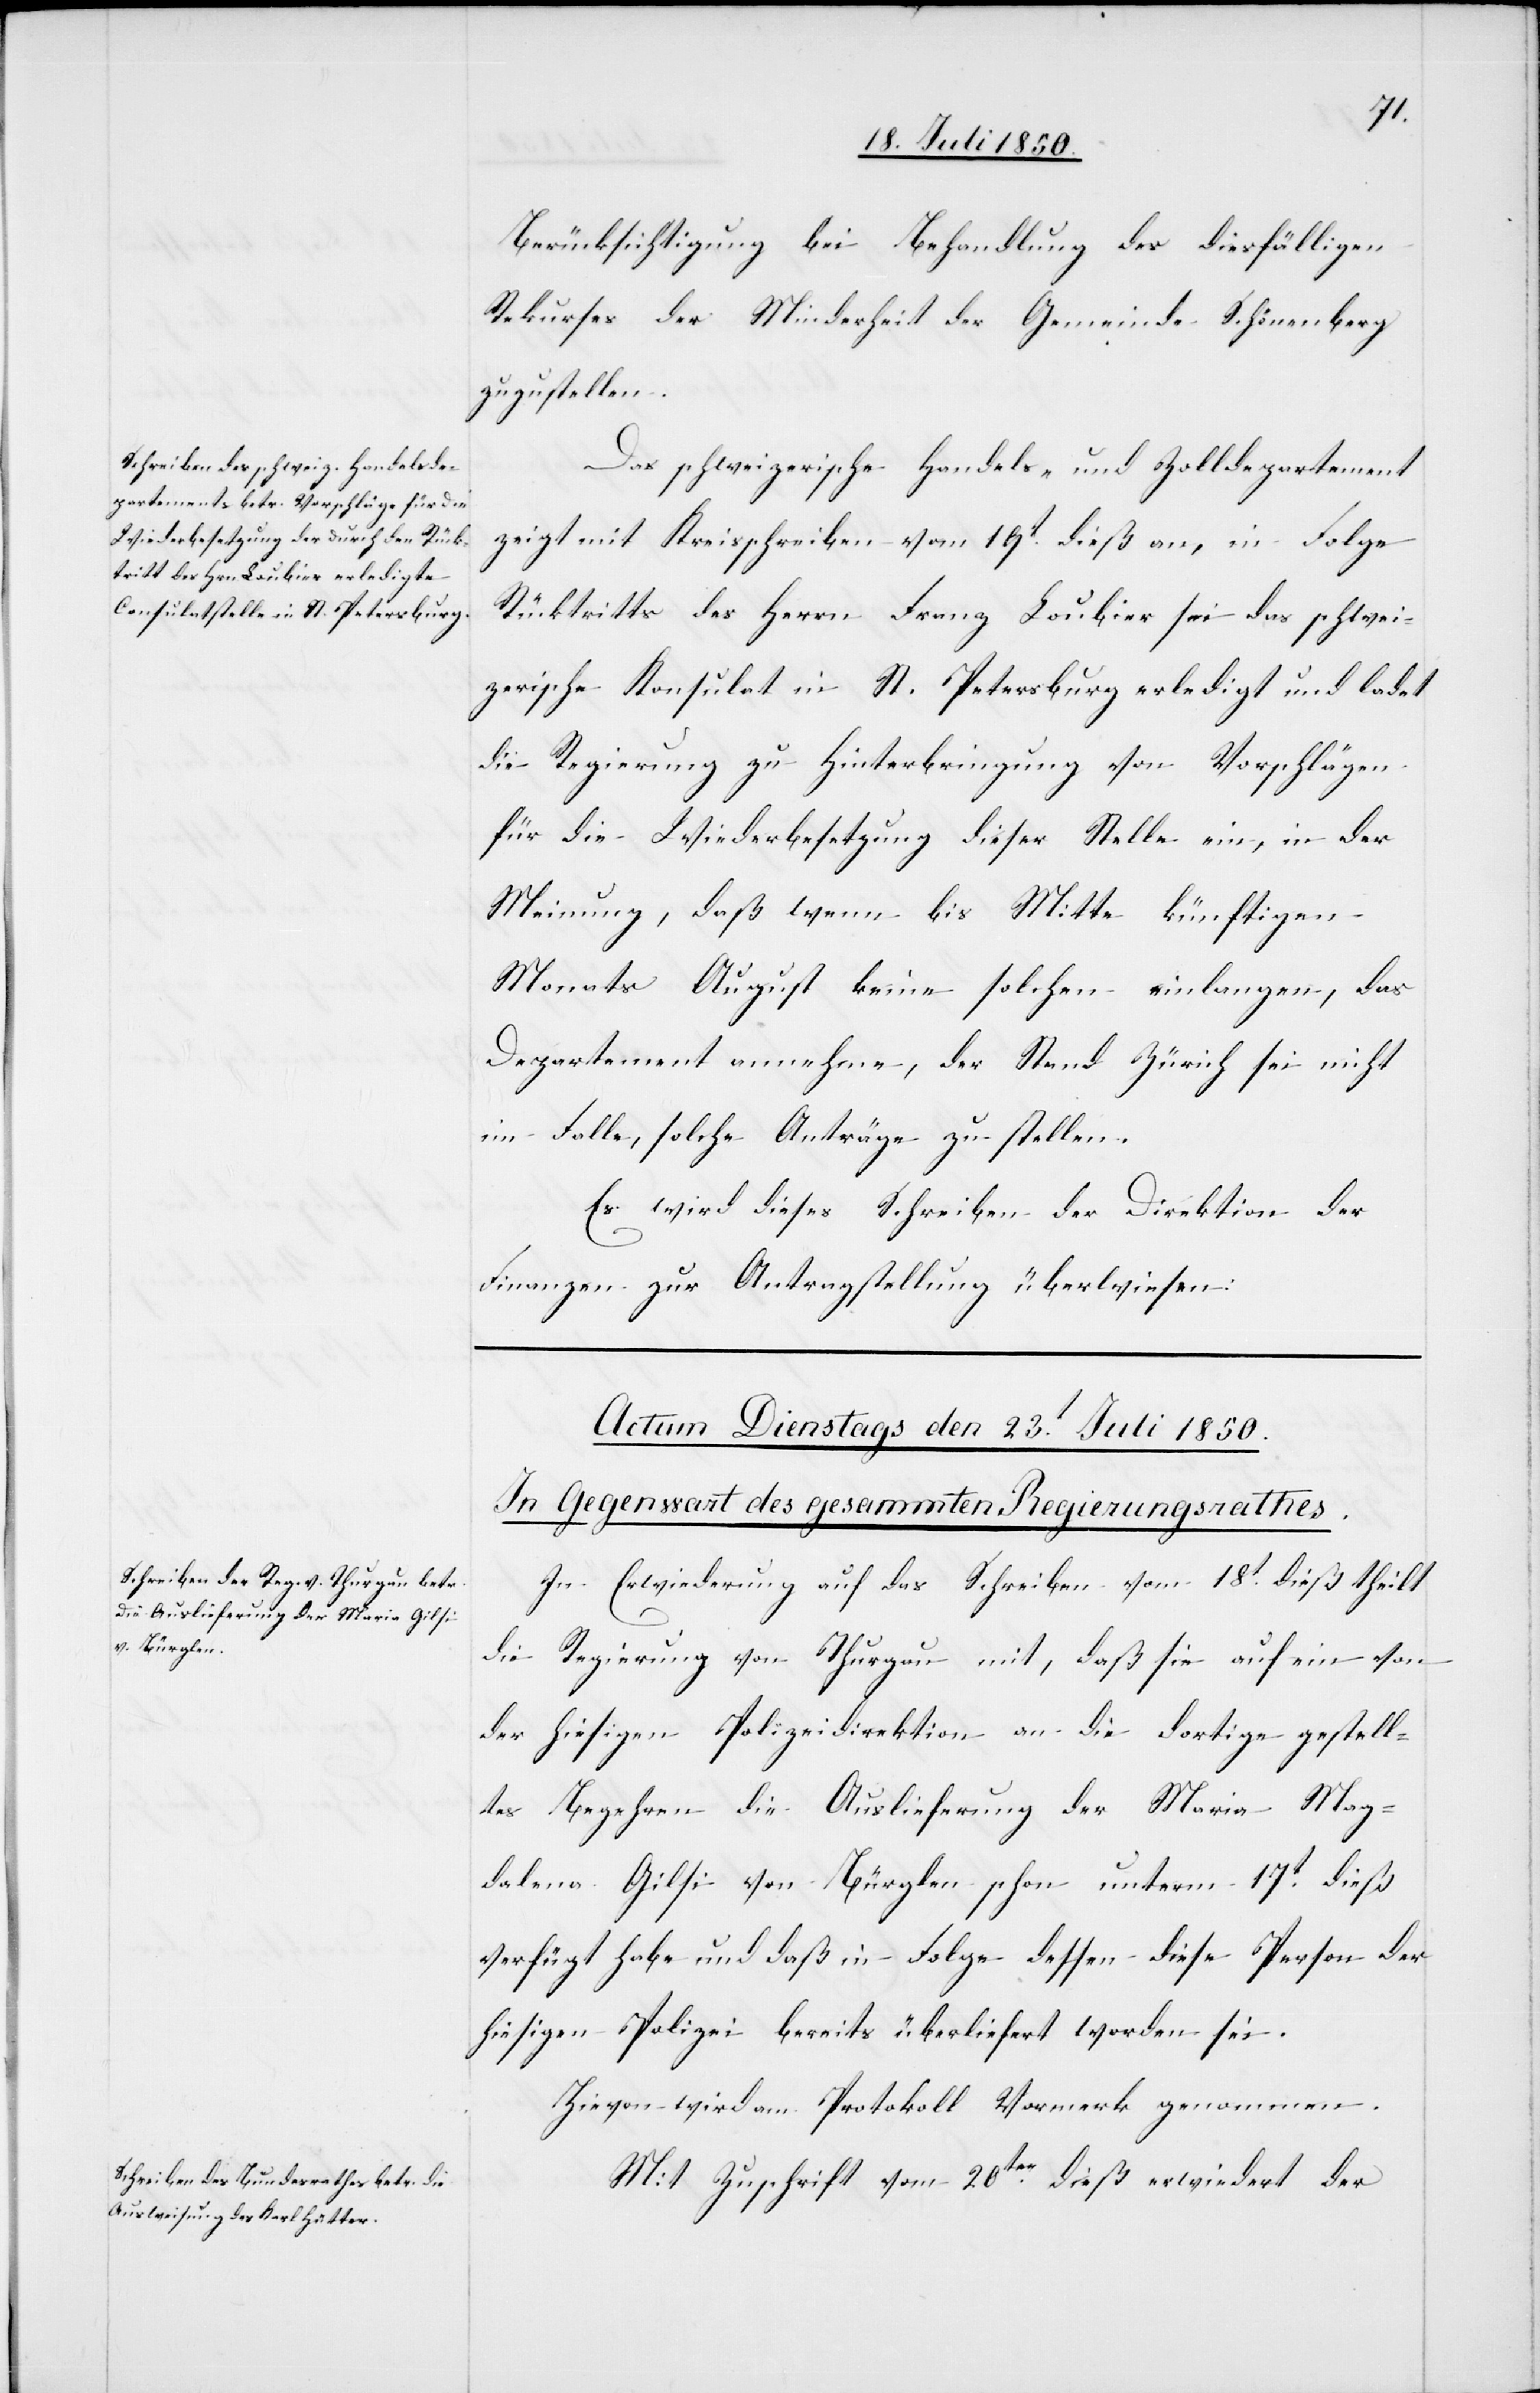
22.
Berücksichtigung bei Behandlung des diesfälligen
Rekurses der Minderheit der Gemeinde Schönenberg
zuzustellen.
Das schweizerische Handels- und Zolldepartement
zeigt mit Kreisschreiben vom 19t dieß an, in Folge
Rücktritts des Herrn Franz Loubier sei das schwei¬
zerische Konsulat in St. Petersburg erledigt und ladet
die Regierung zu Hinterbringung von Vorschlägen
für die Wiederbesetzung dieser Stelle ein, in der
Meinung, daß wenn bis Mitte künftigen
Monats August keine solchen einlangen, das
Departement annehme, der Stand Zürich sei nicht
im Falle, solche Anträge zu stellen.
Es wird dieses Schreiben der Direktion der
Finanzen zur Antragstellung überwiesen.
In Erwiederung auf das Schreiben vom 18t dieß theilt
die Regierung von Thurgau mit, daß sie auf ein von
der hiesigen Polizeidirektion an die dortige gestell¬
tes Begehren die Auslieferung der Maria Mag¬
dalena Gilsi von Bürglen schon unterm 17t dieß
verfügt habe und daß in Folge dessen diese Person der
hiesigen Polizei bereits überliefert worden sei.
Hievon wird am Protokoll Vormerk genommen.
Mit Zuschrift vom 20ten dieß erwiedert der